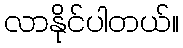
လာနိုင်ပါတယ်။